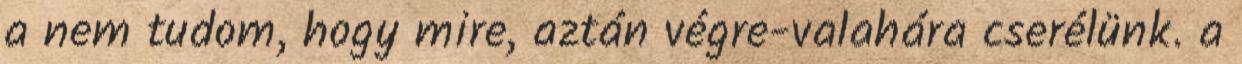
a nem tudom, hogy mire, aztán végre-valahára cserélünk. a